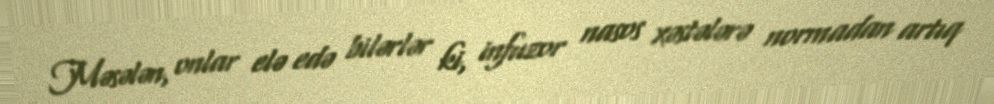
Məsələn, onlar elə edə bilərlər ki, infuzor nasos xəstələrə normadan artıq